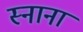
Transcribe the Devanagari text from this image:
स्नाना